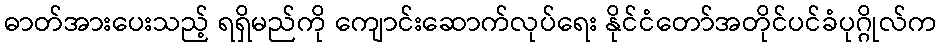
ဓာတ်အားပေးသည့် ရရှိမည်ကို ကျောင်းဆောက်လုပ်ရေး နိုင်ငံတော်အတိုင်ပင်ခံပုဂ္ဂိုလ်က